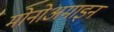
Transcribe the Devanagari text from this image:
मोनोअमाइन